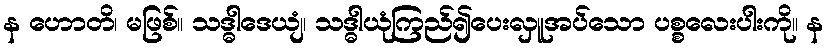
န ဟောတိ၊ မဖြစ်။ သဒ္ဓါဒေယျံ၊ သဒ္ဓါယုံကြည်၍ပေးလှူအပ်သော ပစ္စလေးပါးကို။ န